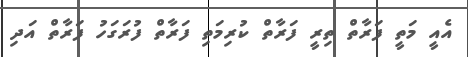
އެއީ މަތީ ފަރާތް ތިރީ ފަރާތް ކުރިމަތި ފަރާތް ފުރަގަހު ފަރާތް އަދި